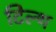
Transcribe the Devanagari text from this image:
टिल्थ